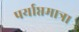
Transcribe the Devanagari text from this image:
पर्याप्तमात्रा